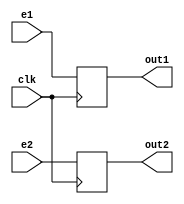
module BUFER_IF_ID(
input  [31:0] e1, e2,
input clk,
output reg[31:0] out1,out2
);

always@(posedge clk)
begin
	out1<=e1;
	out2<=e2;
end
endmodule